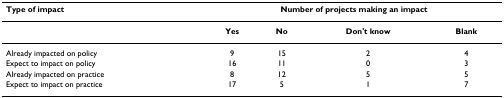
<table><thead><tr><td><b>Type of impact</b></td><td colspan="4"><b>Number of projects making an impact</b></td></tr></thead><tbody><tr><td></td><td><b>Yes</b></td><td><b>No</b></td><td><b>Don&#x27;t know</b></td><td><b>Blank</b></td></tr><tr><td>Already impacted on policy</td><td>9</td><td>15</td><td>2</td><td>4</td></tr><tr><td>Expect to impact on policy</td><td>16</td><td>11</td><td>0</td><td>3</td></tr><tr><td>Already impacted on practice</td><td>8</td><td>12</td><td>5</td><td>5</td></tr><tr><td>Expect to impact on practice</td><td>17</td><td>5</td><td>1</td><td>7</td></tr></tbody></table>